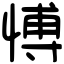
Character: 愽